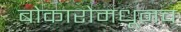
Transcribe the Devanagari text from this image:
बोकारोमधूनच